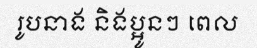
រូបនាង និងប្អូនៗ ពេល